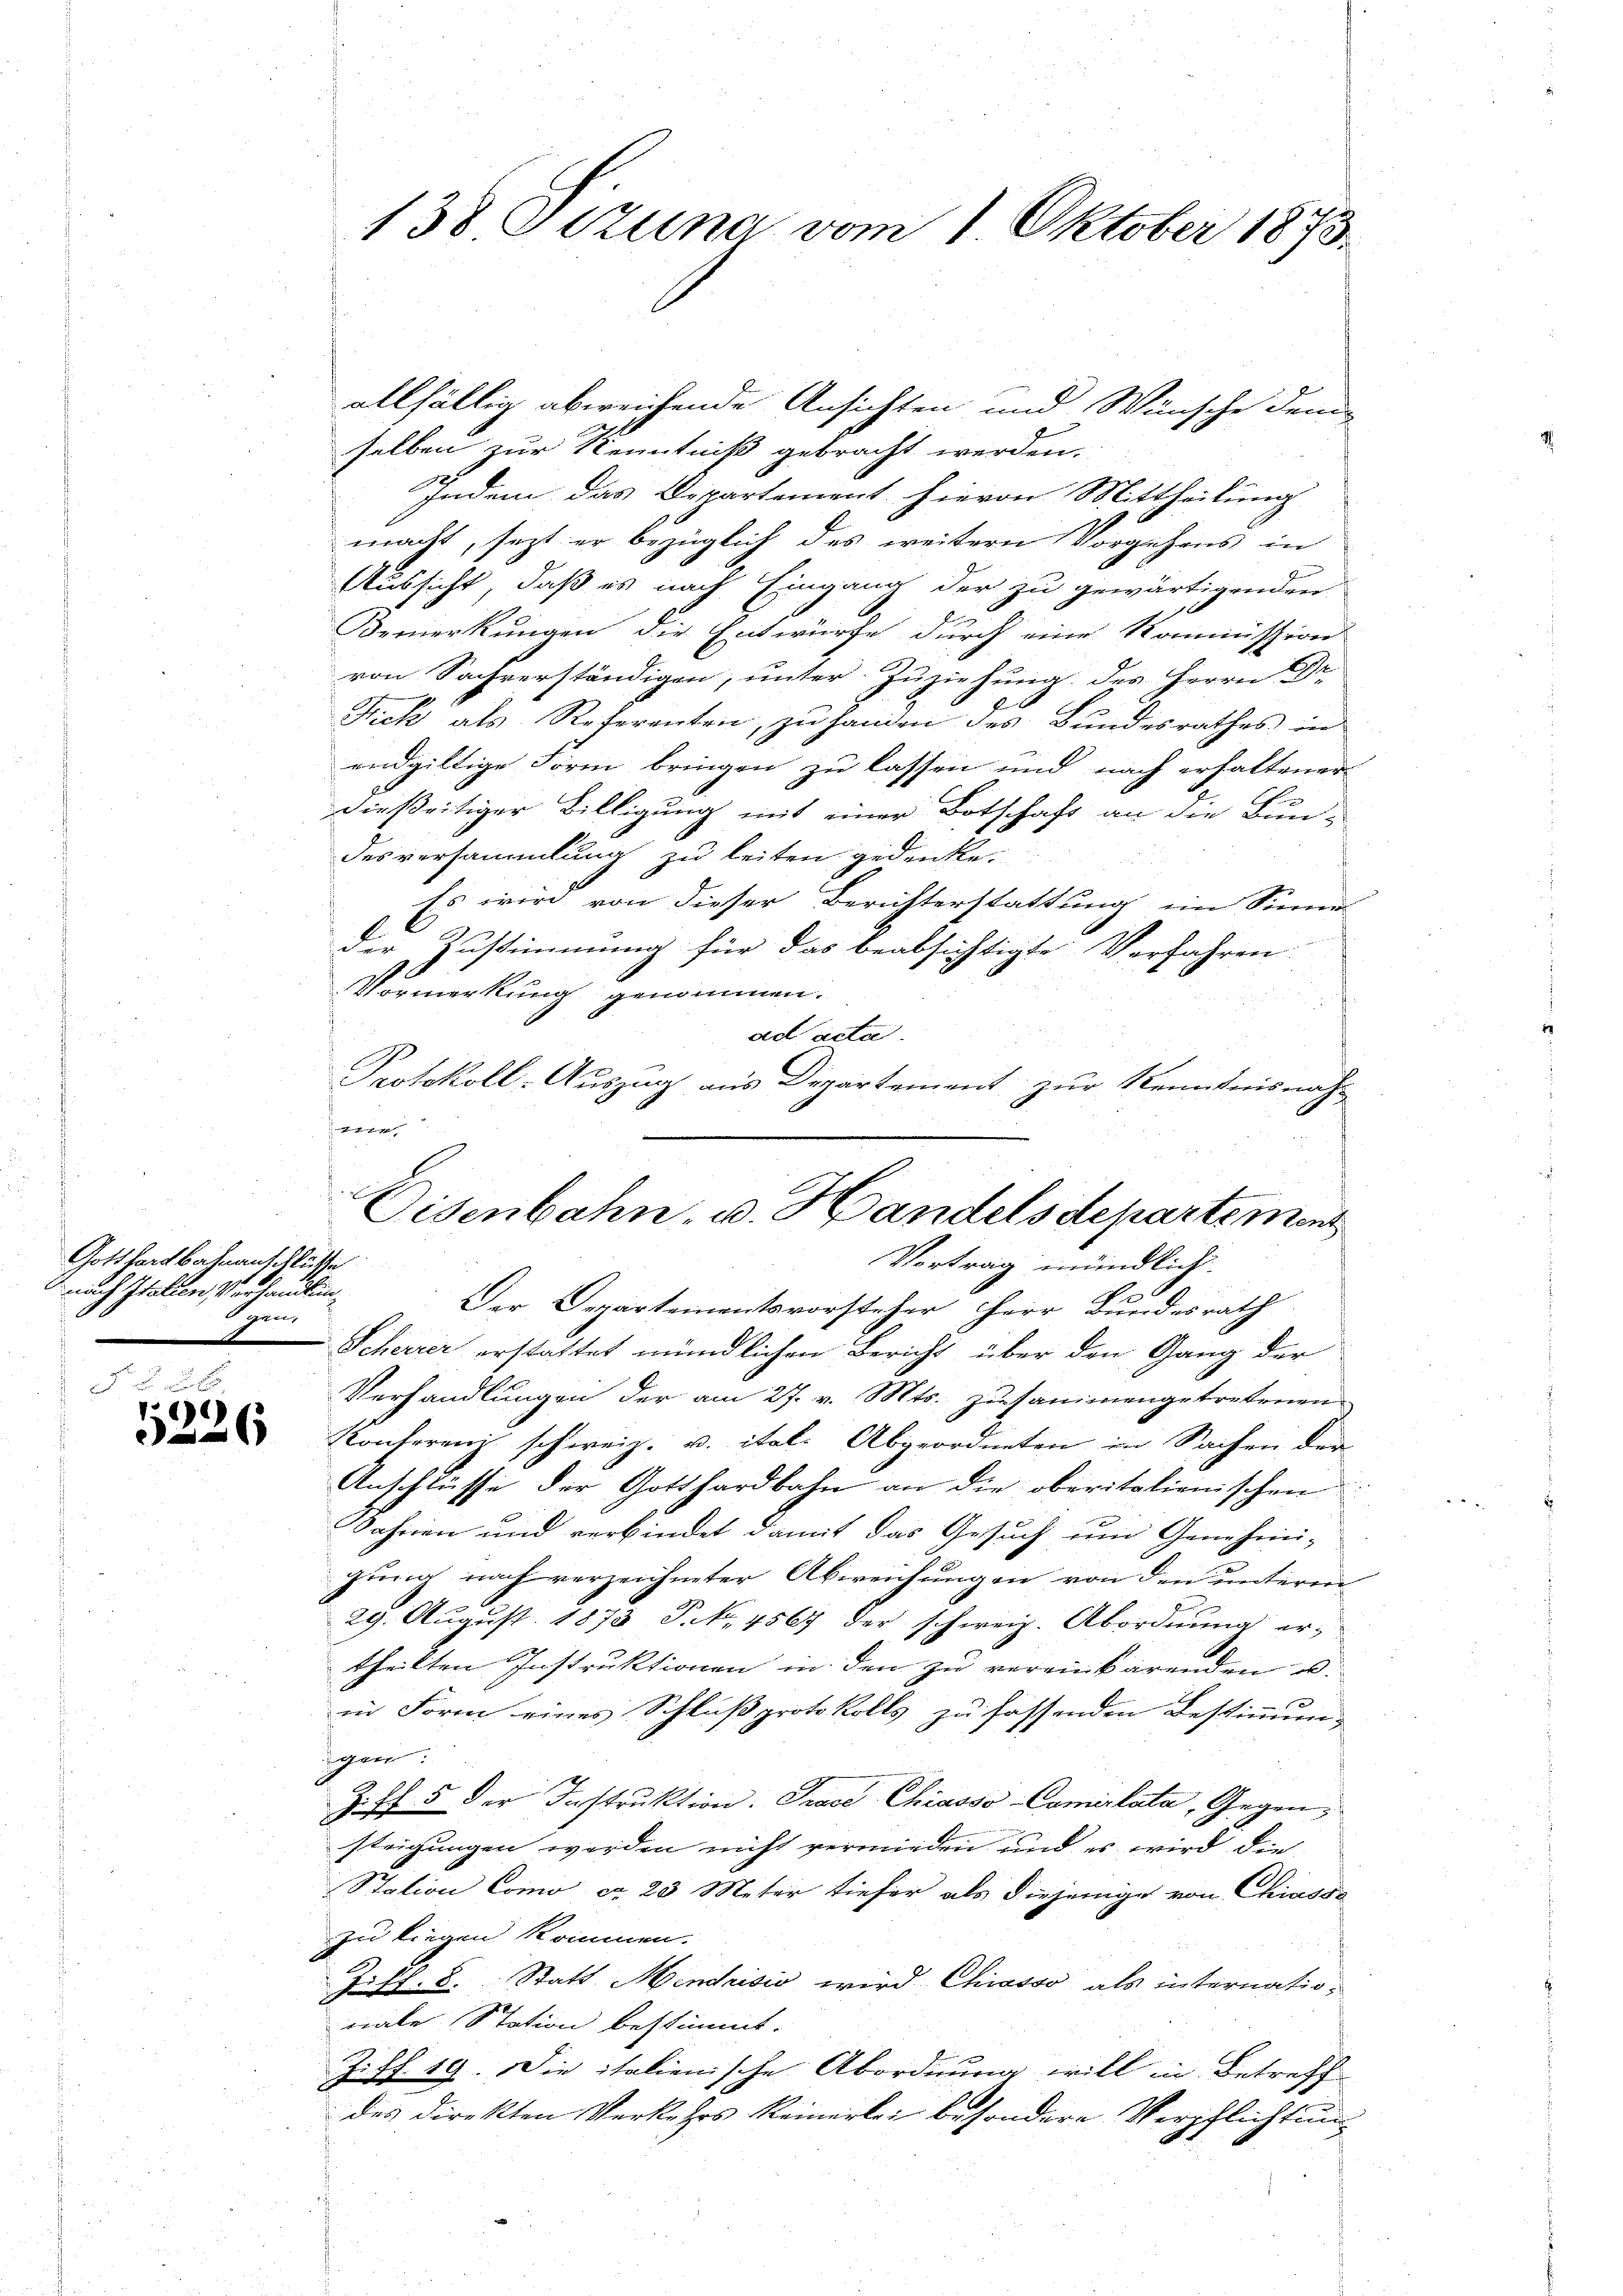
Gott hart Bahnanschlüsse
nach Italien Verhandlun¬
Ien

5226

selben zur Kenntniß gebracht werden.
Indem das Departement hievon Mittheilung
macht, jezt er bezüglich des weitern Vorgehens in
Aussicht, daß es nach Eingang der zu gewärtigenden
l
Bemerkungen die Entwürfe durch eine Kommission
von Sachverständigen, unter Zuziehung der Herrn Dr.
Fick als Referenten, zu Handen des Bundesrathes in
endgültige Form bringen zu lassen und nach erhaltener
dießeitiger Billigung mit einer Botschaft an die Bun-
desversammlung zu leiten gedenke.
Es wird von dieser Berichterstattung im Sinne
d
der Zustimmung für das beabsichtigte Verfahren
Vormerkung genommen.
ad acta.
Protokoll-Auszug aus Departement zur Kenntnisnah¬
Herin
Der Departementsvorsteher Herr Bundesrath
Scherrer erstattet mündlichen Bericht über den Gang der
Verhandlungen der am 27. v. Mts. zusammengetretenen
Konferenz schweiz. v. ital. Abgeordneten in Sachen der
Anschlüsse der Gotthardbahn an die oberitalienischen
Sahnen und verbindet damit das Gesuch und Genehmi-
gung nach verzeichneter Abweichungen von den unterm
29. August 1873 P. Nr. 4567 der schweiz. Abordnung er-
theilten Instruktionen in den zu vereinbarenden u.
in Form eines Schlußprotokolls zu fassenden Bestimmung
gen:
Ziff. 5 der Instruktion. Trace Chiasso Comiplata, Gegensteigungen werden nicht vermieden und es wird die
Station Como ca 20 Meter tiefer als diejenige von Chiasso
zu liegen kommen.
Joff. 8. Statt Mendrisić wird Chiasso als internationale Station bestimmt.
Ziff. 19. Die italienische Abordnung will in Betreff
des direkten Verkehrs keinerlei besondere Verpflichtung

f

138 Jczuna vom 1. Oktober 1873.

allfällig abweichende Ansichten und Wünsche dem

Eisenbahn- u. Handelsdepartement
Vertrag mündlich.
t